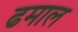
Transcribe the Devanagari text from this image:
ढमाल